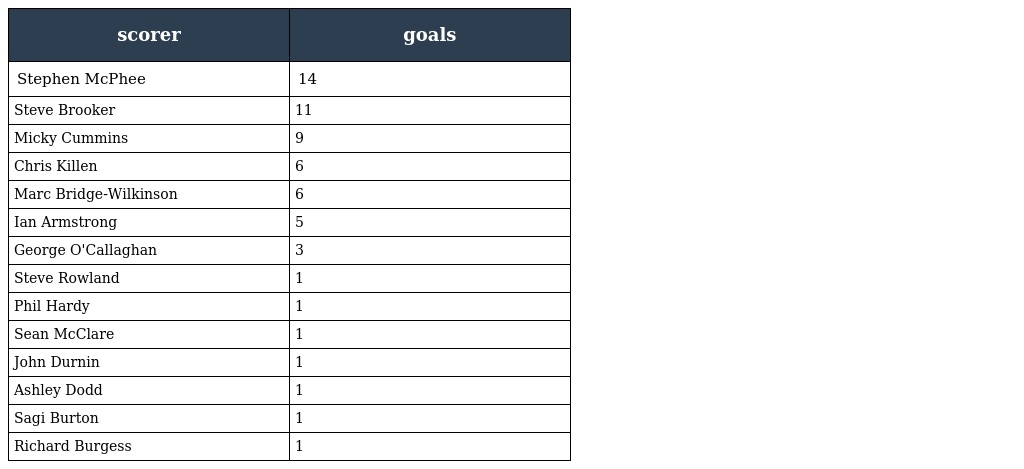
| scorer | goals |
 | --- | --- |
 | Stephen McPhee | 14 |
 | Steve Brooker | 11 |
 | Micky Cummins | 9 |
 | Chris Killen | 6 |
 | Marc Bridge-Wilkinson | 6 |
 | Ian Armstrong | 5 |
 | George O'Callaghan | 3 |
 | Steve Rowland | 1 |
 | Phil Hardy | 1 |
 | Sean McClare | 1 |
 | John Durnin | 1 |
 | Ashley Dodd | 1 |
 | Sagi Burton | 1 |
 | Richard Burgess | 1 |